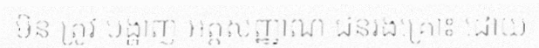
មិន ត្រូវ បង្ហាញ អត្តសញ្ញាណ ជនរងគ្រោះ ដោយ